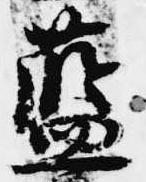
藍